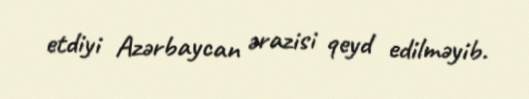
etdiyi Azərbaycan ərazisi qeyd edilməyib.